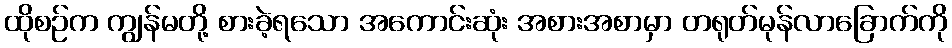
ထိုစဉ်က ကျွန်မတို့ စားခဲ့ရသော အကောင်းဆုံး အစားအစာမှာ တရုတ်မုန်လာခြောက်ကို